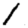
Digit: 1